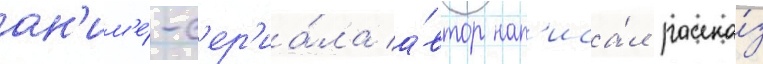
ан'им'е́-с'ер'иа́ла а́втор нап'иса́л расска́з